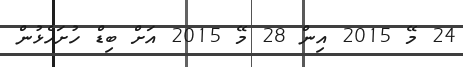
24 މޭ 2015 އިން 28 މޭ 2015 އަށް ބިޑް ހުށަހެޅުން